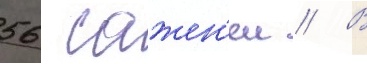
56 сажен'еи // В